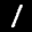
Label: 1